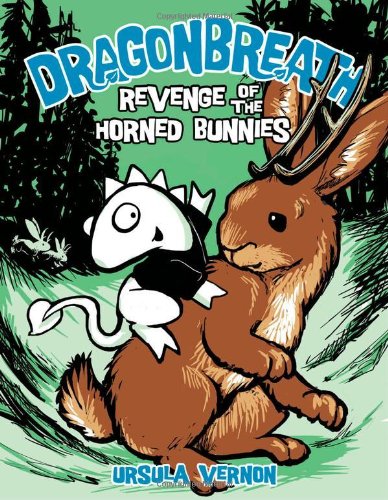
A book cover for Revenge of the Horned Bunnies (Dragonbreath #6); Ursula Vernon; Children's Books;